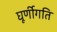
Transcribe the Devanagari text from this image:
घूर्णीगति